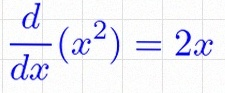
\frac{d}{dx}(x^2)=2x